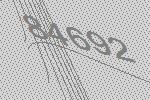
84692